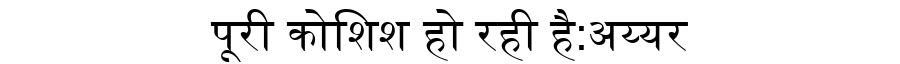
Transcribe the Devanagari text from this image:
पूरी कोशिश हो रही है:अय्यर